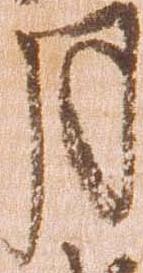
月